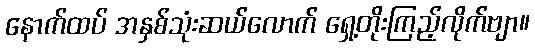
နောက်ထပ် အနှစ်သုံးဆယ်လောက် ရှေ့တိုးကြည့်လိုက်ဗျာ။